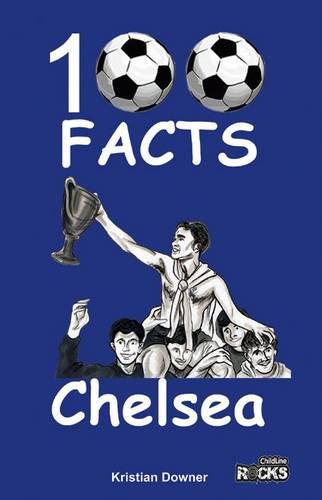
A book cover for Chelsea - 100 Facts; Kristian Downer; Teen & Young Adult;